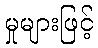
မှုများဖြင့်